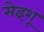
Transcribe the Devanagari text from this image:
सेइशू